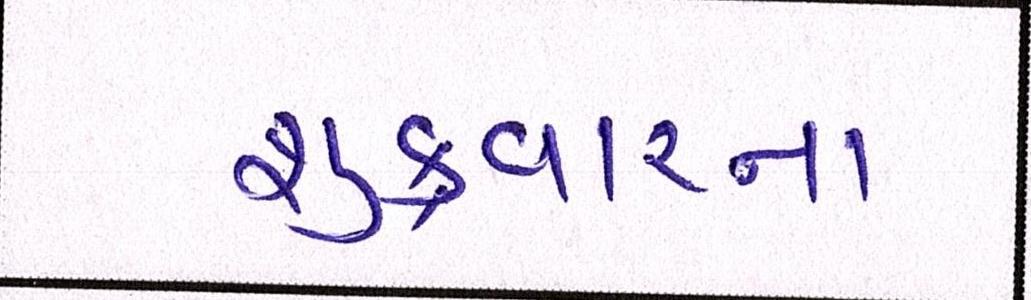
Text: શુક્રવારના